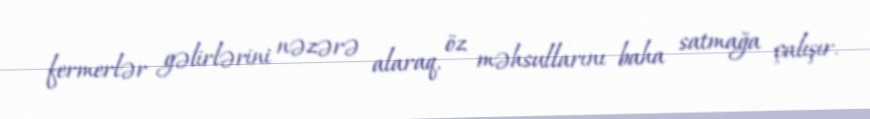
fermerlər gəlirlərini nəzərə alaraq, öz məhsullarını baha satmağa çalışır.